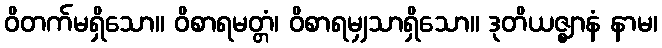
ဝိတက်မရှိသော။ ဝိစာရမတ္တံ၊ ဝိစာရမျှသာရှိသော။ ဒုတိယဇ္ဈာနံ နာမ၊